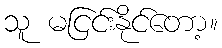
သူ မငြင်းနိုင်တော့။